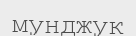
мунджук